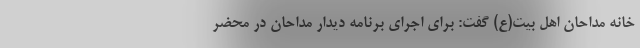
خانه مداحان اهل بیت(ع) گفت: برای اجرای برنامه دیدار مداحان در محضر